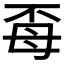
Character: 𭯈